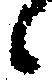
候